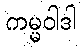
ကမ္မဝါဒါ